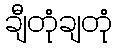
ချီတုံချတုံ